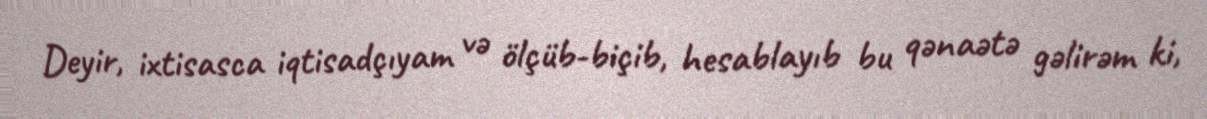
Deyir, ixtisasca iqtisadçıyam və ölçüb-biçib, hesablayıb bu qənaətə gəlirəm ki,